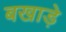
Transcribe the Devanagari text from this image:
बखाड़े